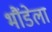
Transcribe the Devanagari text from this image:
भौंडेला